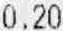
0.20